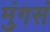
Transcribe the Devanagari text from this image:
मुंगसं